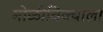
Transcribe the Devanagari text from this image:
मोळीविक्याला